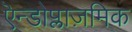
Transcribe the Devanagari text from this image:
एॆन्डोप्लाज़मिक